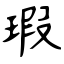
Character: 瑕